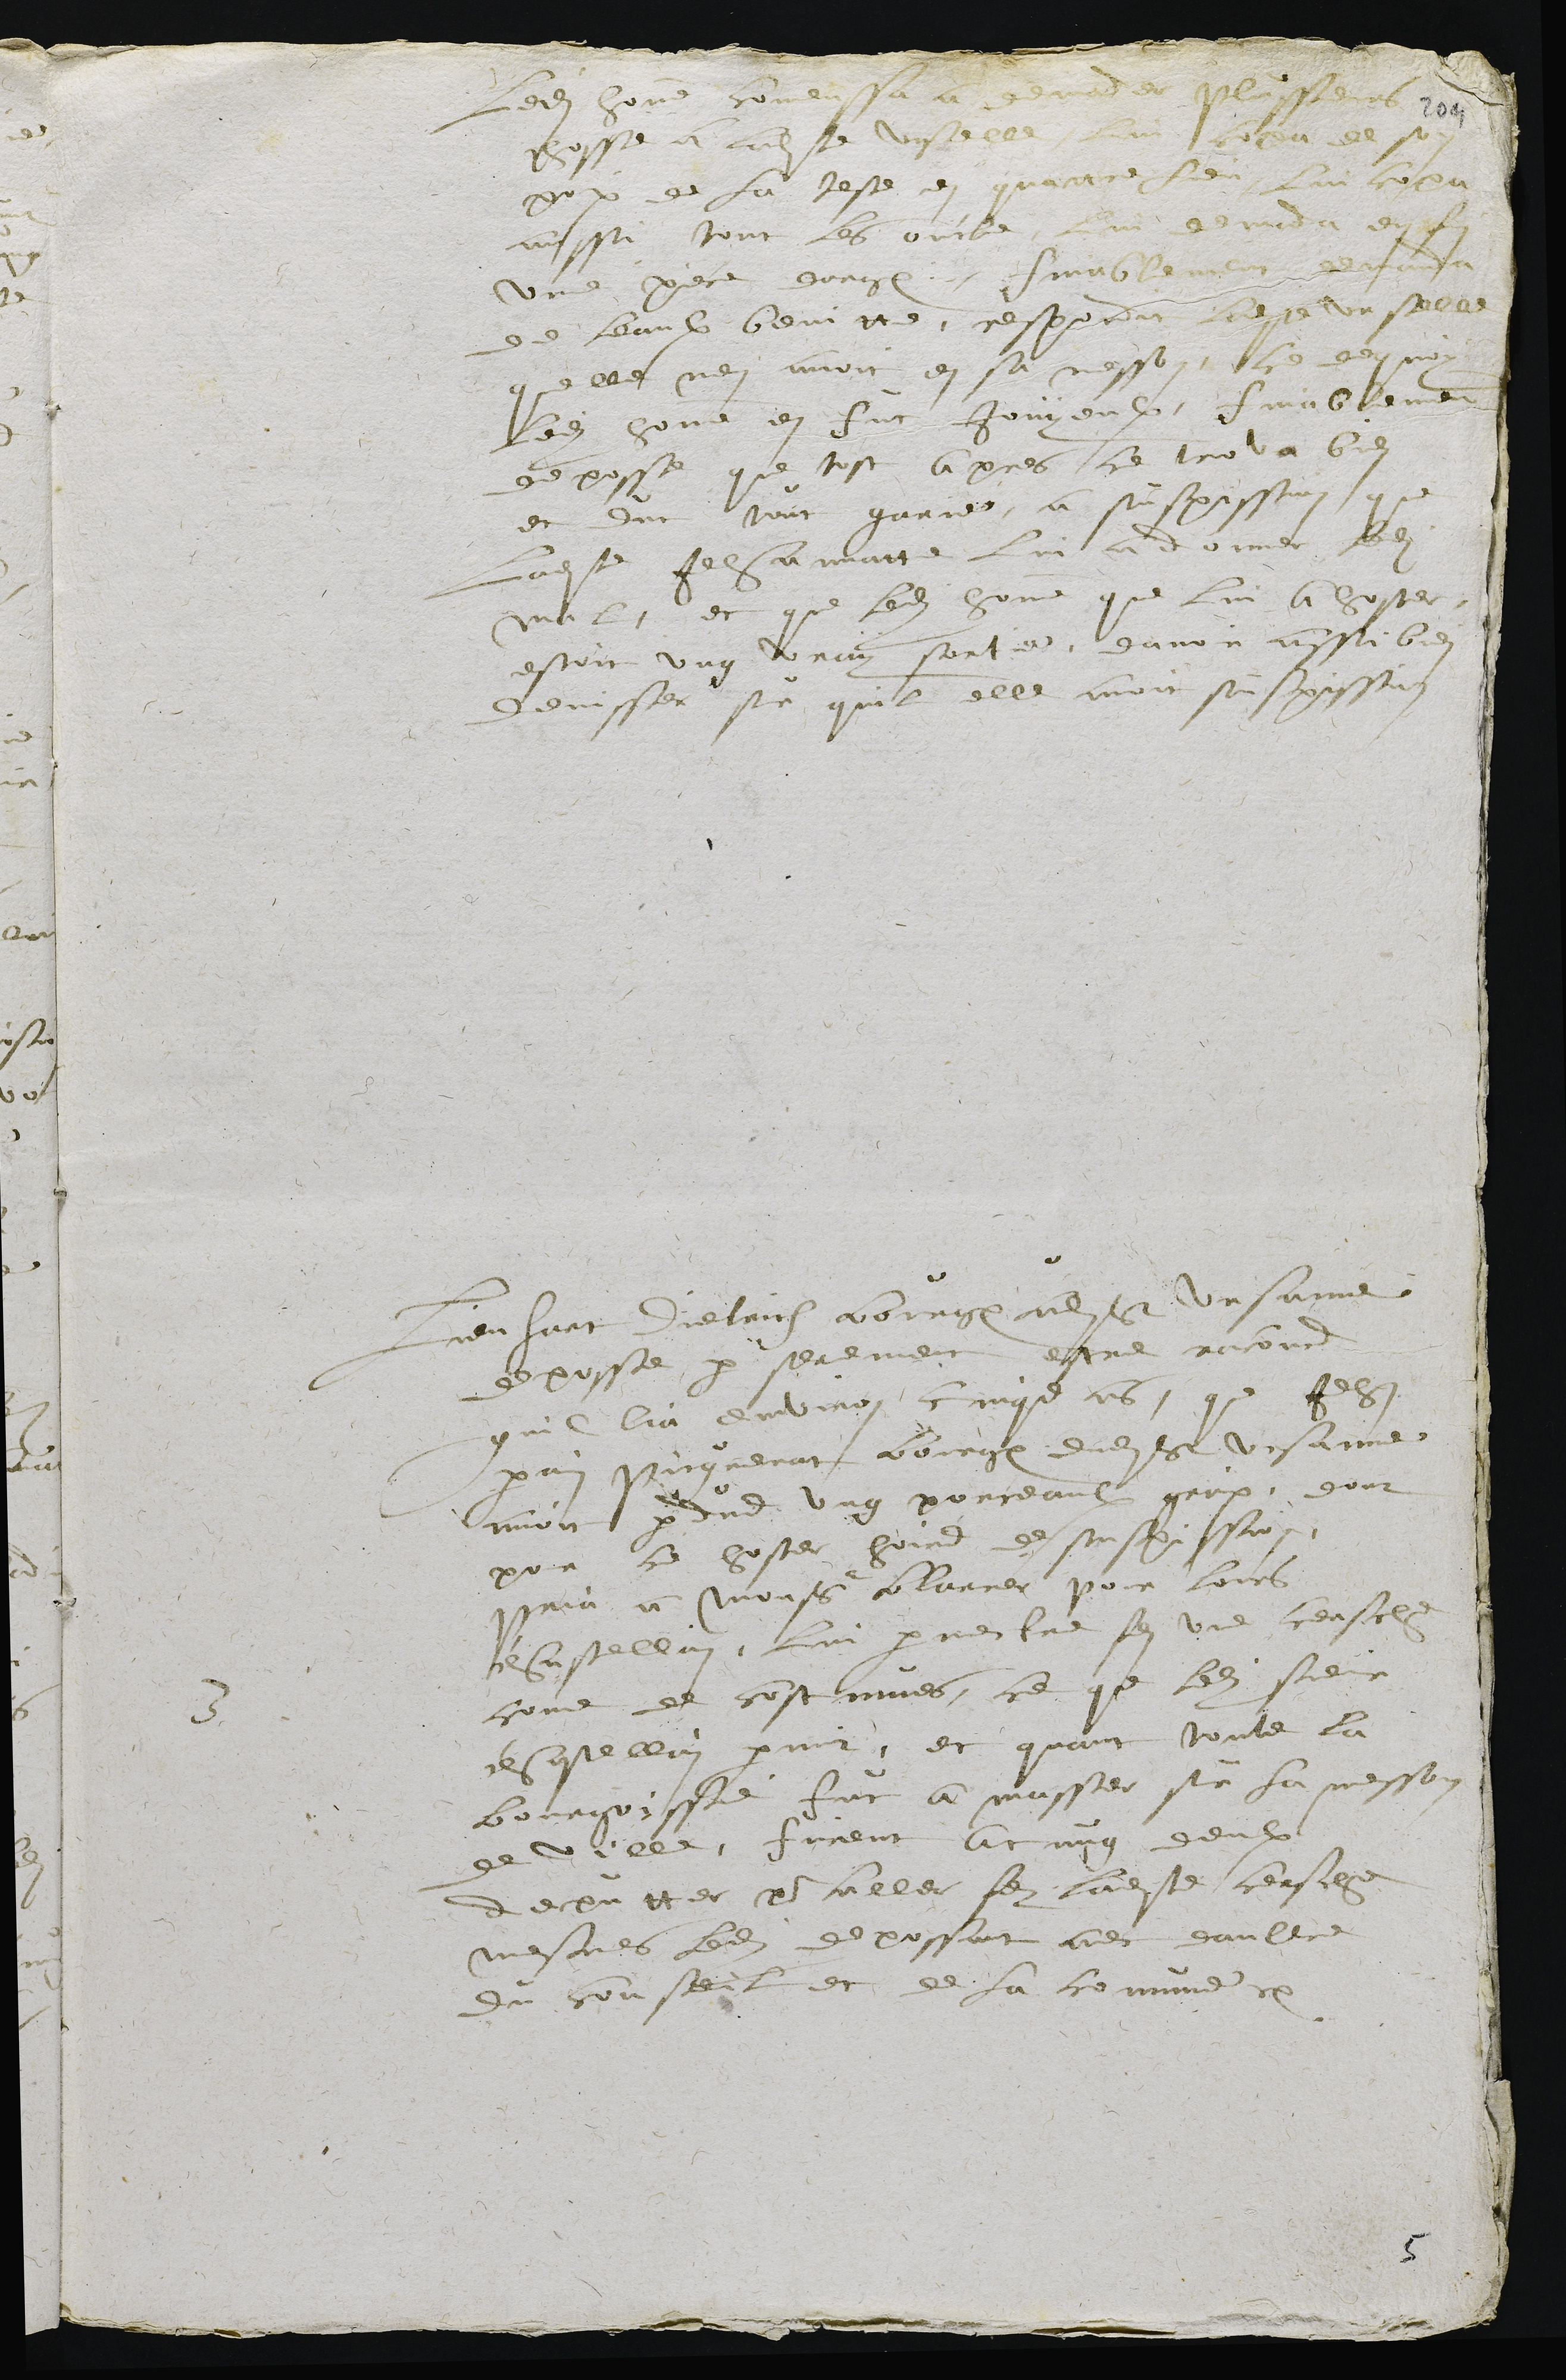
Ledit homme commenssa à demander plussieurs
chosse a ladite Urselle, lui coupa de son
poix de sa teste en quattre fois, lui copa
aussi tout les oncle, lui demanda en fin
une piece dargent, finablement demanda
de leaux benitte. Respondit ladite Urselle
que elle nen avoit en sa messon, ce de quoy
ledit homme en fut jouyeulx. Finanlement
deposse que tost apres ce trova bien
et fut tout garie, a suspission que
ladite Jehannatte lui a donner ledit
mal, et que ledit homme qui lui a hoster,
estoit ung vray sorcier, davoir aussi bien
devisser sur quil elle avoit suspission
3.
Lienhart Dietrich bourgeois audit St Ursanne,
deposse par serement estre racord
quil lia environ cinqs ans, que Jehan
perrin Piquenat bourgeois dudit St Ursanne,
avoit perdus ung porceaulx groix, dont
por ce hoster hoirs de suspission,
pria a Monsieur Blarrer, pour loirs
chastellin, lui permestre de fer une cersche
come de costumes, ce que ledit sieur
chastellin permit, et quant toute la
bourgoissie fut amasser sur la messon
de ville, furent acung deulx
deputter pour aller fer ladite cersche,
mesmes ledit depossant avec daultres
du conseil et de la comune etc.